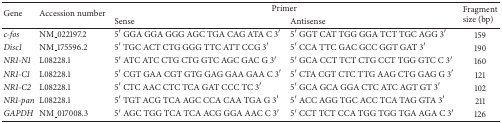
<table><thead><tr><td rowspan="2"><b>Gene</b></td><td rowspan="2"><b>Accession number</b></td><td colspan="2"><b>Primer</b></td><td rowspan="2"><b>Fragment size (bp)</b></td></tr><tr><td><b>Sense</b></td><td><b>Antisense</b></td></tr></thead><tbody><tr><td><i>c-fos </i></td><td>NM_022197.2</td><td>5′ GGA GGA GGG AGC TGA CAG ATA C 3′</td><td>5′ GGT CAT TGG GGA TCT TGC AGG 3′</td><td>159</td></tr><tr><td><i>Disc1 </i></td><td>NM_175596.2</td><td>5′ TGC ACT CTG GGG TTC ATT CCG 3′</td><td>5′ CCA TTC GAC GCC GGT GAT 3′</td><td>190</td></tr><tr><td><i>NR1-N1 </i></td><td>L08228.1</td><td>5′ ATC ATC CTG CTG GTC AGC GAC G 3′</td><td>5′ GCA CCT TCT CTG CCT TGG GTC C 3′</td><td>160</td></tr><tr><td><i>NR1-C1 </i></td><td>L08228.1</td><td>5′ CGT GAA CGT GTG GAG GAA GAA C 3′</td><td>5′ CTA CGT CTC TTG AAG CTG GAG G 3′</td><td>121</td></tr><tr><td><i>NR1-C2 </i></td><td>L08228.1</td><td>5′ CTC AAC CTC TCA GAT CCC TC 3′</td><td>5′ GCA GCA GGA CTC ATC AGT GT 3′</td><td>102</td></tr><tr><td><i>NR1-pan </i></td><td>L08228.1</td><td>5′ TGT ACG TCA AGC CCA CAA TGA G 3′</td><td>5′ ACC AGG TGC ACC TCA TAG GTA 3′</td><td>211</td></tr><tr><td><i>GAPDH </i></td><td>NM_017008.3</td><td>5′ AGC TGG TCA TCA ACG GGA AAC C 3′</td><td>5′ CCT TCT CCA TGG TGG TGA AGA C 3′</td><td>126</td></tr></tbody></table>